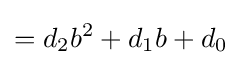
=d_{2}b^{2}+d_{1}b+d_{0}